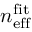
n _ { \mathrm { e f f } } ^ { \mathrm { f i t } }